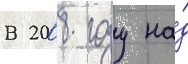
В 2008 году на́д